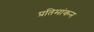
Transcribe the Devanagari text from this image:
प्रतिमांकन